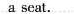
a seat.